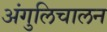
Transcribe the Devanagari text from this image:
अंगुलिचालन